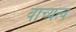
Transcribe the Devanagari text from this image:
वाच्यत्व